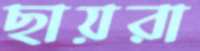
ছায়রা